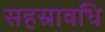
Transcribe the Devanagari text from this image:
सहस्रावधि